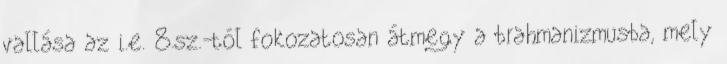
vallása az i.e. 8.sz.-tól fokozatosan átmegy a brahmanizmusba, mely